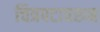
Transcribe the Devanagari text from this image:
चित्रपटावरुन